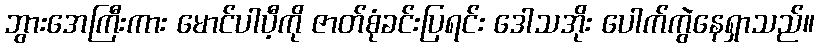
ဘွားအေကြီးကား မောင်ပါပီ့ကို ဇာတ်စုံခင်းပြရင်း ဒေါသအိုး ပေါက်ကွဲနေရှာသည်။